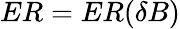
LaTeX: ER=ER(\delta B)